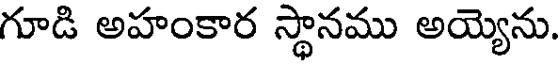
గూడి అహంకార స్థానము అయ్యెను.